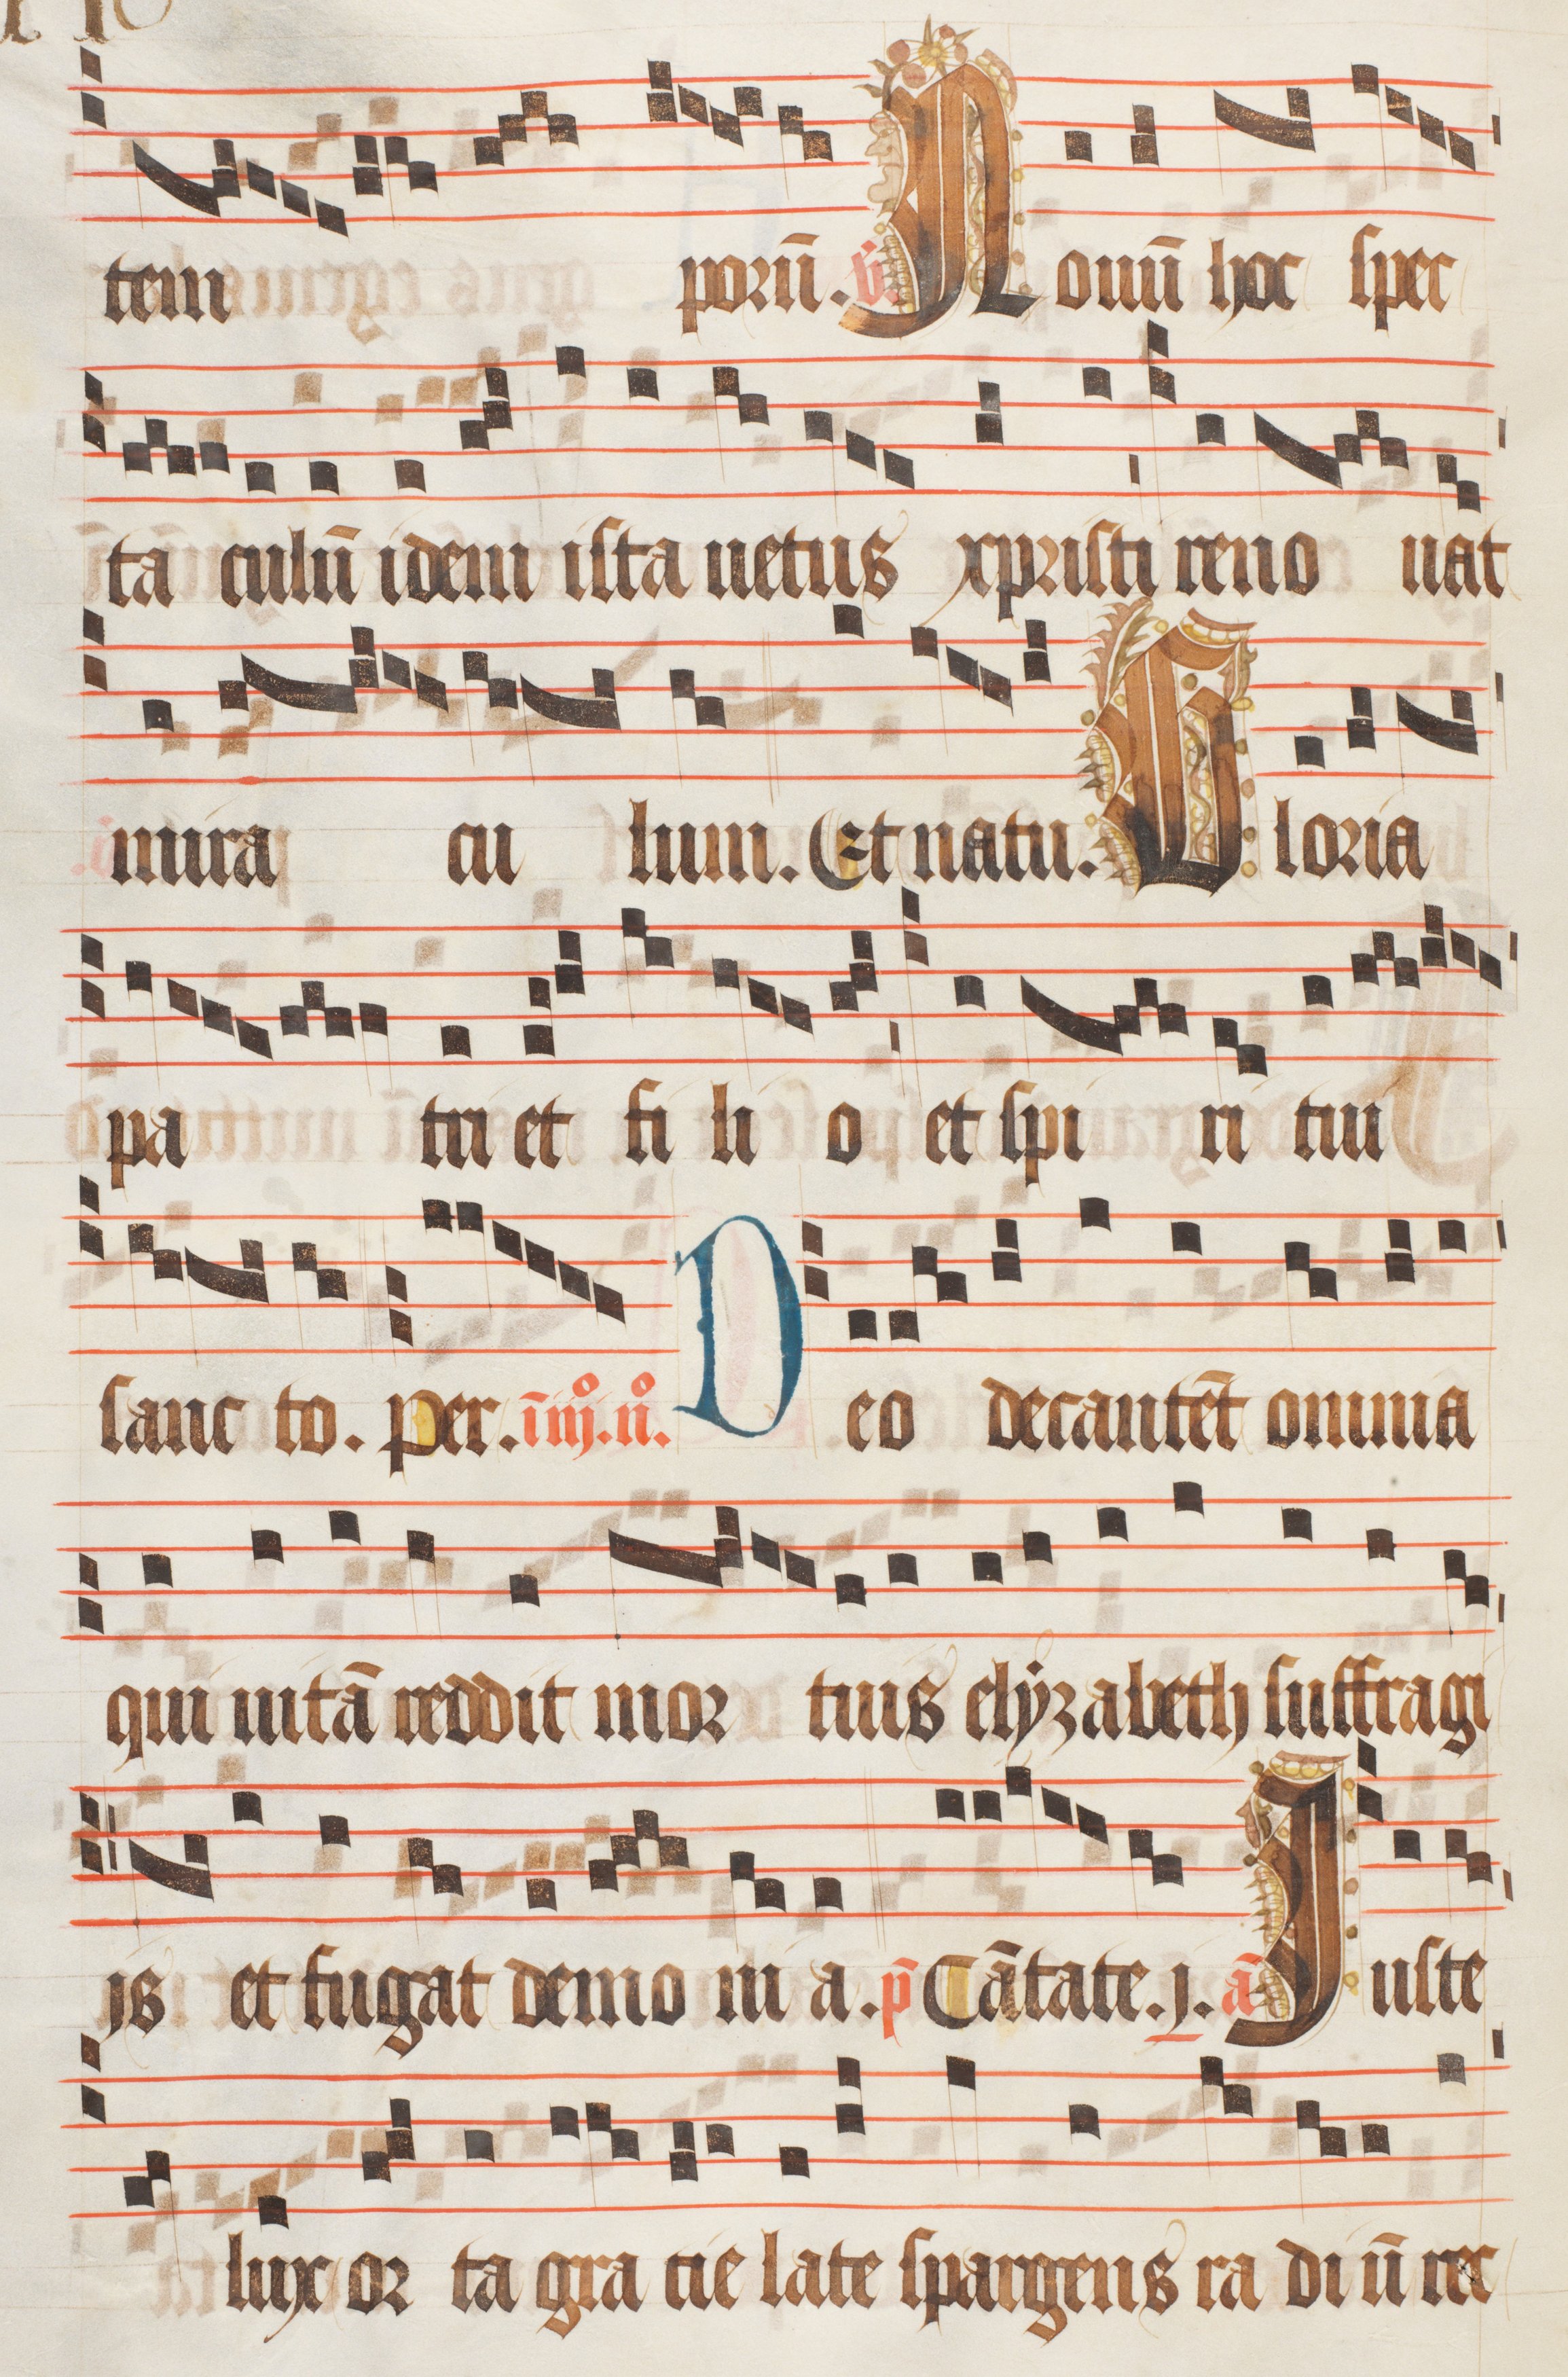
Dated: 1470–1505